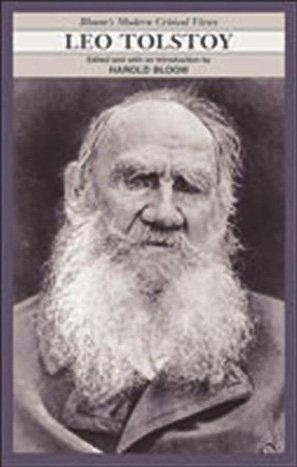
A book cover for Leo Tolstoy (Bloom's Modern Critical Views); Teen & Young Adult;